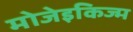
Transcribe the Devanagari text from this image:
मोजेइकिज्म